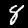
Digit: 8